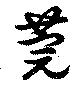
莞